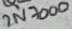
Text: 2N7000